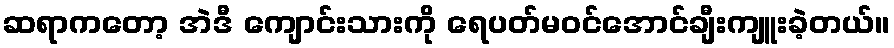
ဆရာကတော့ အဲဒီ ကျောင်းသားကို ရေပတ်မဝင်အောင်ချီးကျူးခဲ့တယ်။